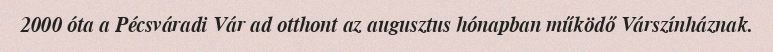
2000 óta a Pécsváradi Vár ad otthont az augusztus hónapban működő Várszínháznak.